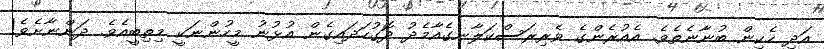
އަދި ހެކިން ބުނާނެތެވެ. އެއުރެންގެ ވެރިރަސްކަލާނގެއާމެދު ދޮގުހަދައިގެން އުޅުނު މީހުންނަކީ މިތިބީއެވެ. ދަންނާށެވެ!